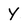
Character: Y